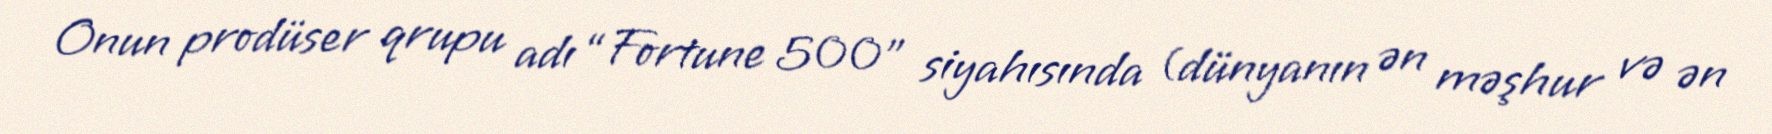
Onun prodüser qrupu adı “Fortune 500” siyahısında (dünyanın ən məşhur və ən